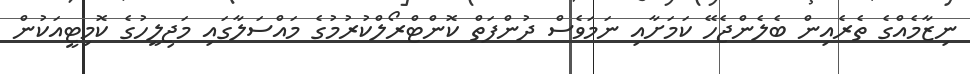
ނިޒާމެއްގެ ތެރެއިން ބެލެންޖެހޭ ކަމަށާއި ނަމަވެސް ދުންފަތް ކޮންޓްރޯލްކުރުމުގެ މައްސަލާގައި މަޖިލީހުގެ ކޮމިޓީއަކުން